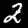
Digit: 2